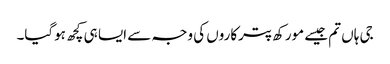
جی ہاں تم جیسے مورکھ پترکاروں کی وجہ سے ایسا ہی کچھ ہوگیا۔